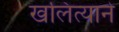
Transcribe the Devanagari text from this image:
खलित्याने